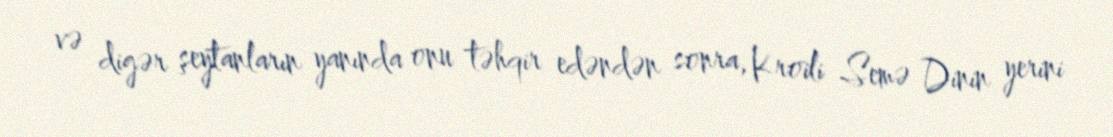
və digər şeytanların yanında onu təhqir edəndən sonra, Kroili Semə Dinin yerini